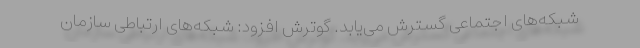
شبکه‌های اجتماعی گسترش می‌یابد. گوترش افزود: شبکه‌های ارتباطی سازمان